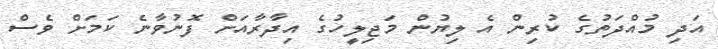
އަދި މުއްދަތުގެ ކުރިން އެ ލިޔުން މަޖިލީހުގެ އިދާރާއަށް ފޮނުވާނެ ކަމަށް ވެސް